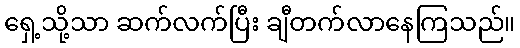
ရှေ့သို့သာ ဆက်လက်ပြီး ချီတက်လာနေကြသည်။